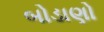
બોડાણો